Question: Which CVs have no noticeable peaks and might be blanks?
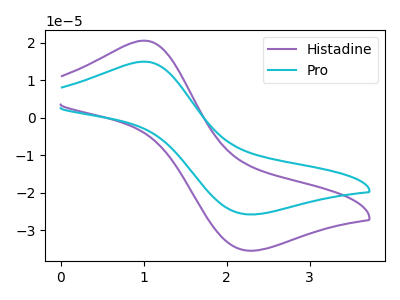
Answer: <think>The purple curve "Histadine" has an anodic peak at (1.00V, 20.55uA) and a cathodic peak at (2.25V, -35.50uA). The cyan curve "Pro" has an anodic peak at (1.00V, 14.95uA) and a cathodic peak at (2.25V, -25.80uA).</think>
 <answer>There are not any CV's on this graph that are likely to be blanks.</answer>
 <eval>none</eval>